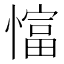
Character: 𢠲